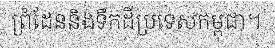
ព្រំដែននិងទឹកដីប្រទេសកម្ពុជា។